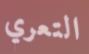
التعري